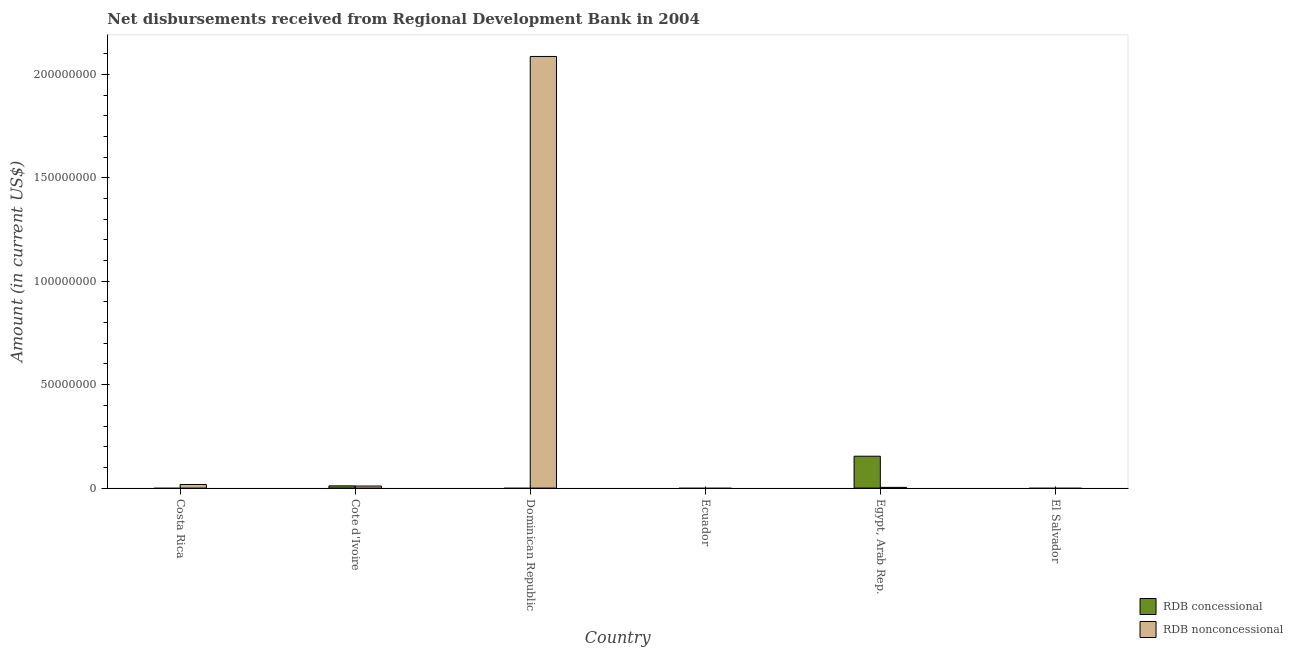
| Country | RDB concessional | RDB nonconcessional |
 | --- | --- | --- |
 | Costa Rica | -1.18e+07 | 1.74e+06 |
 | Cote d'Ivoire | 1.07e+06 | 9.91e+05 |
 | Dominican Republic | -2.12e+07 | 2.09e+08 |
 | Ecuador | -2.62e+07 | -9.05e+07 |
 | Egypt, Arab Rep. | 1.54e+07 | 3.41e+05 |
 | El Salvador | -2.41e+07 | -2.06e+07 |